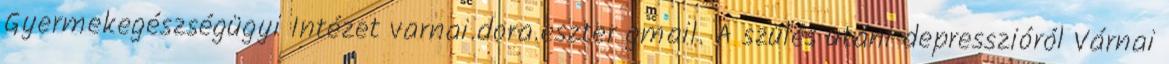
Gyermekegészségügyi Intézet varnai.dora.eszter gmail. A szülés utáni depresszióról Várnai